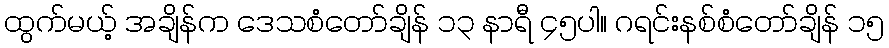
ထွက်မယ့် အချိန်က ဒေသစံတော်ချိန် ၁၃ နာရီ ၄၅ပါ။ ဂရင်းနစ်စံတော်ချိန် ၁၅